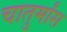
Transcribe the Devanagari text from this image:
चातुर्मांस